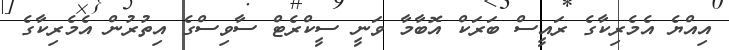
އިއްޔެ އެމެރިކާގެ ރައީސް ބަރަކް އޮބާމާ ވަނީ ސީކްރެޓް ސާވިސްގެ އިތުރުން އެމެރިކާގެ